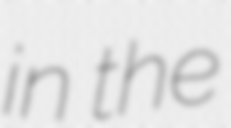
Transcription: in the